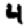
Digit: 4